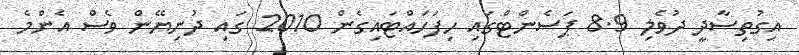
އިގުތިސާދީ ދުވެލި 8.9 ޕަސެންޓްގައި ހިފަހައްޓައިގެން 2010 ގައި ދުނިޔޭން ވެސް އެންމެ